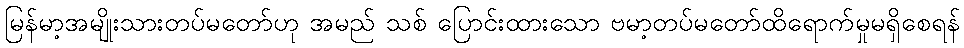
မြန်မာ့အမျိုးသားတပ်မတော်ဟု အမည် သစ် ပြောင်းထားသော ဗမာ့တပ်မတော်ထိရောက်မှုမရှိစေရန်